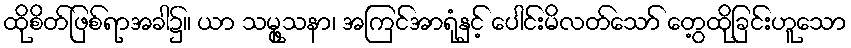
ထိုစိတ်ဖြစ်ရာအခါ၌။ ယာ သမ္ဖုသနာ၊ အကြင်အာရုံနှင့် ပေါင်းမိလတ်သော် တွေ့ထိုခြင်းဟူသော